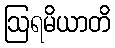
ဩရမိယာတိ